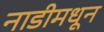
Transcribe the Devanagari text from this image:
नाडीमधून